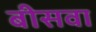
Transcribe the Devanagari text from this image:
बीसवा